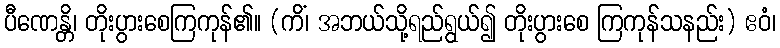
ပီဏေန္တိ၊ တိုးပွားစေကြကုန်၏။ (ကိံ၊ အဘယ်သို့ရည်ရွယ်၍ တိုးပွားစေ ကြကုန်သနည်း) ဧဝံ၊